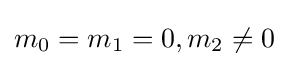
m_{0}=m_{1}=0,m_{2}\neq 0